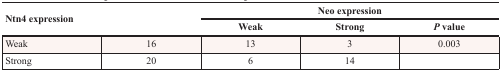
<table><thead><tr><td colspan="2" rowspan="2"><b>Ntn4 expression</b></td><td colspan="3"><b>Neo expression</b></td></tr><tr><td><b>Weak</b></td><td><b>Strong</b></td><td><b><i>P</i> value</b></td></tr></thead><tbody><tr><td>Weak</td><td>16</td><td>13</td><td>3</td><td>0.003</td></tr><tr><td>Strong</td><td>20</td><td>6</td><td>14</td><td>[EMPTY_CELL]</td></tr></tbody></table>